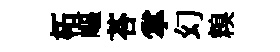
柘嶇荅掌幻糗